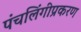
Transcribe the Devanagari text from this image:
पंचलिंगीप्रकरण